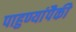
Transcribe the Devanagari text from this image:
पाहुण्यांपैकी